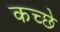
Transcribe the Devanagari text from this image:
कच्छे